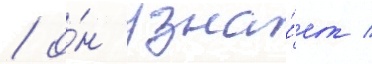
/ о́н узна́ет /